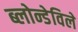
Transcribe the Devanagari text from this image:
ब्लोन्डेविले